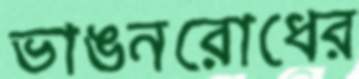
ভাঙনরোধের